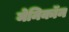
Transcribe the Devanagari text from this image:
मेनिकॉन